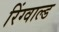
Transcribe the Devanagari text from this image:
रिंग्वाल्ड